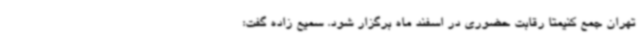
تهران جمع کنیمتا رقابت حضوری در اسفند ماه برگزار شود. سمیع زاده گفت: